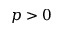
p > 0